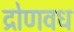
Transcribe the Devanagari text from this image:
द्रोणवध